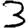
Digit: 3